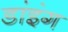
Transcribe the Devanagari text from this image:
डांइंग